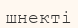
шнекті